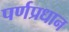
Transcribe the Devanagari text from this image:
पर्णप्रधान